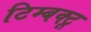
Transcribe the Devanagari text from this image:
टिम्बक्टू